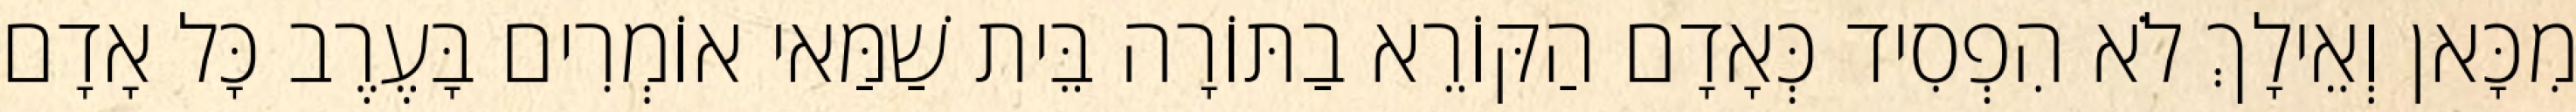
מִכָּאן וְאֵילָךְ לֹא הִפְסִיד כְּאָדָם הַקּוֹרֵא בַתּוֹרָה בֵּית שַׁמַּאי אוֹמְרִים בָּעֶרֶב כָּל אָדָם